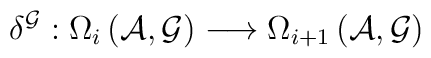
\delta ^{\mathcal{G}}:\Omega _{i}\left( \mathcal{A},\mathcal{G}\right)\longrightarrow \Omega _{i+1}\left( \mathcal{A},\mathcal{G}\right)